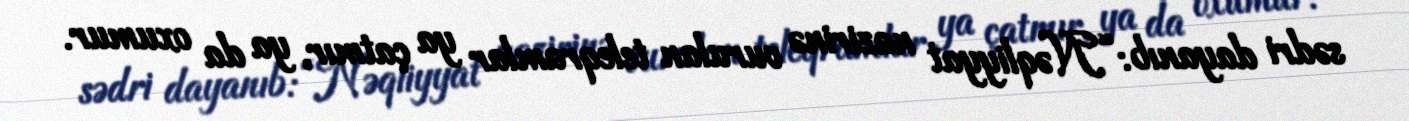
sədri dayanıb: “Nəqliyyat nazirinə vurulan teleqramlar ya çatmır, ya da oxumur.